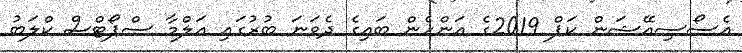
އެސޯސިއޭޝަން ކަޕް 2019ގެ އަންހެން ބައިގެ ދެވަނަ ބުރުގައި އަލްމާ ސްޕޯޓްސް ކްލަބު